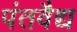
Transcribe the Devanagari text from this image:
पंतवैद्य